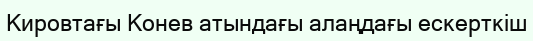
Кировтағы Конев атындағы алаңдағы ескерткіш